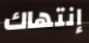
إنتهاك